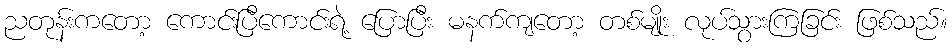
ညတုန်းကတော့ ကောင်းပြီကောင်းရဲ့ ပြောပြီး မနက်ကျတော့ တစ်မျိုး လုပ်သွားကြခြင်း ဖြစ်သည်။